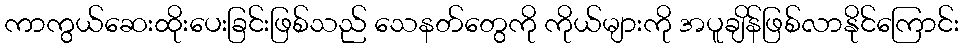
ကာကွယ်ဆေးထိုးပေးခြင်းဖြစ်သည် သေနတ်တွေကို ကိုယ်များကို အပူချိန်ဖြစ်လာနိုင်ကြောင်း